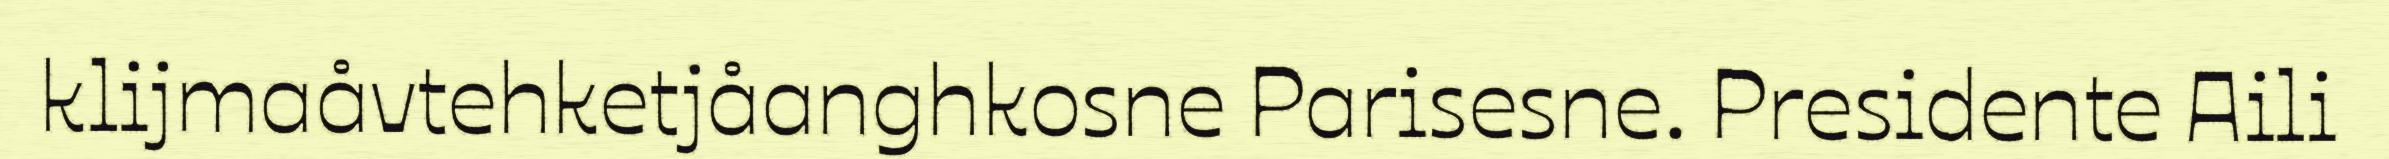
klijmaåvtehketjåanghkosne Parisesne. Presidente Aili